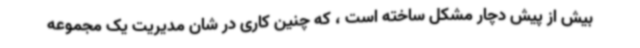
بیش از پیش دچار مشکل ساخته است ، که چنین کاری در شان مدیریت یک مجموعه